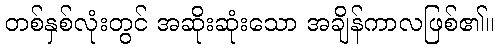
တစ်နှစ်လုံးတွင် အဆိုးဆုံးသော အချိန်ကာလဖြစ်၏။